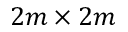
2 m \times 2 m